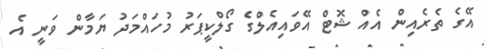
އޭގެ ތެރެއިން އެއް ޝޮޓް އޭވައިއެލްގެ ގޯލްކީޕަރު މުހައްމަދު ޔަމާން ވަނީ އެ